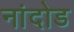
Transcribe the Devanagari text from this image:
नांदोड